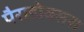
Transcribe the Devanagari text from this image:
पैराडोक्सस